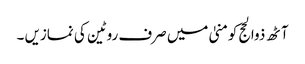
آٹھ ذوالحج کومنیٰ میں صرف روٹین کی نمازیں ۔